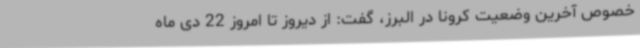
خصوص آخرین وضعیت کرونا در البرز، گفت: از دیروز تا امروز 22 دی ماه